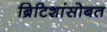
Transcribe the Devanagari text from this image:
ब्रिटिशांसोबत